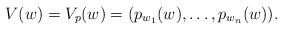
LaTeX: \begin{align*}V(w)=V_p(w)=(p_{w_1}(w),\dotsc,p_{w_n}(w)).\end{align*}